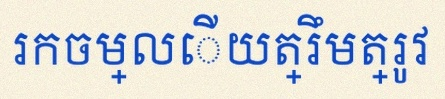
រកចម្លើយត្រឹមត្រូវ